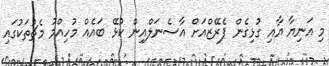
މި އަނިޔާ އާއި ގުޅިގެން ޕެރޭޒްއަށް އާސެނަލްއިން ކުޅޭ ބައެއް މުހިއްމު މެޗުތަކުގައި